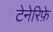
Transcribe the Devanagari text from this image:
टेनेरिफ़े